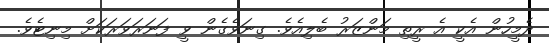
ދެމީހުން އެކީ އެ ރީތި މަންޒަރު ބެލިއެވެ. ގިނަވެގެން ވީ ފަނަރަވަރަކަށް މިނިޓެވެ.